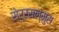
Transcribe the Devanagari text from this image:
सेर्रसल्मुस